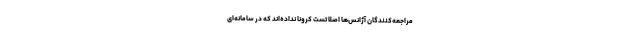
مراجعه‌کنندگان‌ِ آژانس‌ها اصلا تست کرونا نداده‌اند که در سامانه‌ای